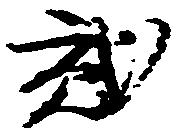
弐